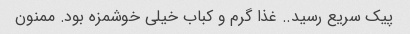
پیک سریع رسید.. غذا گرم و کباب خیلی خوشمزه بود. ممنون